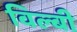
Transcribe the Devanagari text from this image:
विल्बी